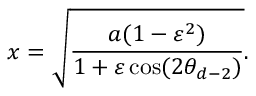
x = \sqrt { \frac { a ( 1 - \varepsilon ^ { 2 } ) } { 1 + \varepsilon \cos ( 2 \theta _ { d - 2 } ) } } .